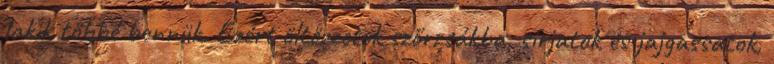
lakik többé bennük. Ezért öltözzetek szőrzsákba, sírjatok és jajgassatok,